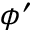
\phi ^ { \prime }